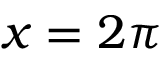
x = 2 \pi